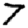
Digit: 7